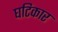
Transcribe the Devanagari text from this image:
घटिकार